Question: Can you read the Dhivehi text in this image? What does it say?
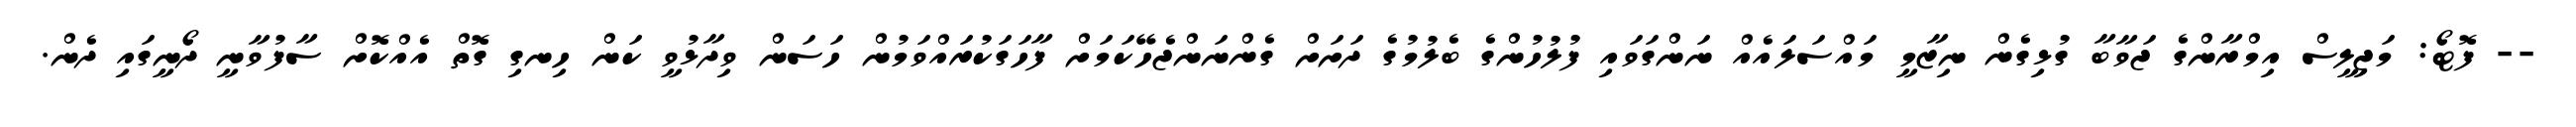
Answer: -- ފޮޓޯ: މަޖިލީސް އިމްރާންގެ ޖަވާބާ ގުޅިގެން ނިޒާމީ މައްސަލައެއް ނަންގަވައި ފުލުހުންގެ ބެލުމުގެ ދަށަށް ގެންނަންޖެހޭކަމަށް ފާހަގަކުރައްވަމުން ހަސަން ވިދާޅުވީ ކަން ހިނގި ގޮތް އެއްކޮށް ސާފުވާނީ ދޯނީގައި ދެން.